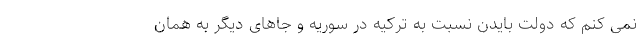
نمی کنم که دولت بایدن نسبت به ترکیه در سوریه و جاهای دیگر به همان